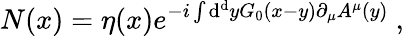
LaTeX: N(x)=\eta(x)e^{-i\int\mathrm{d}^{\mathrm{d}}yG_{0}(x-y)\partial_{\mu}A^{\mu}(y)}\ ,